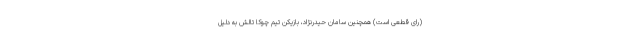
(رای قطعی است) همچنین سامان حیدرنژاد، بازیکن تیم چوکا تالش به دلیل